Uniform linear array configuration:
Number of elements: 32
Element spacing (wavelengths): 1
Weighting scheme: kaiser
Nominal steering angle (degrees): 45
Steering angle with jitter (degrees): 43.061
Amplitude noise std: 0.05
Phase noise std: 0.05

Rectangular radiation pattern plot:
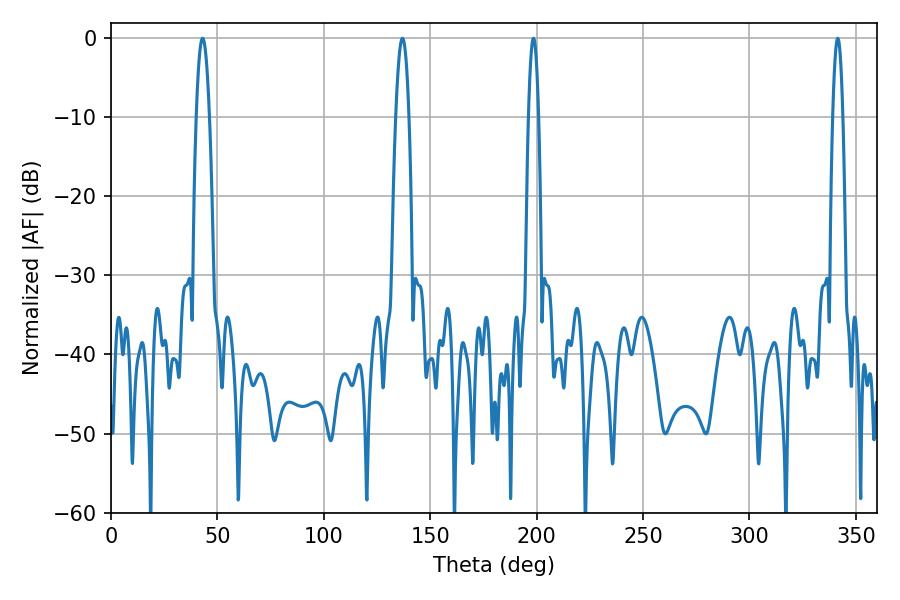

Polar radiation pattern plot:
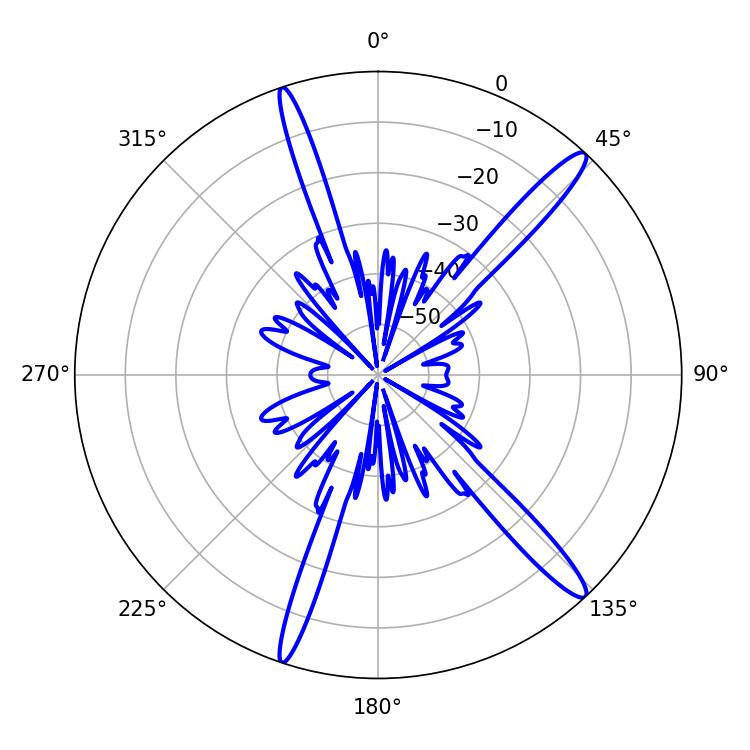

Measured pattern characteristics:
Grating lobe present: TRUE
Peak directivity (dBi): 15.462
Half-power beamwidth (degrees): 3.42
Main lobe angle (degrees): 43.02